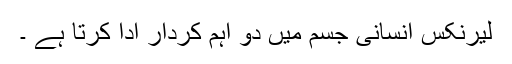
لیرنکس انسانی جسم میں دو اہم کردار ادا کرتا ہے ۔